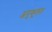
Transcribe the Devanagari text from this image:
अनुकूलत